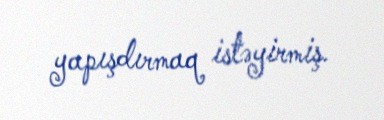
yapışdırmaq istəyirmiş.